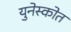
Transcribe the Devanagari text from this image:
युनेस्कोत